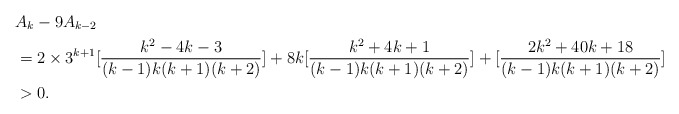
\begin{align*}&A_{k}-9A_{k-2}\\&=2\times3^{k+1}[\frac{k^{2}-4k-3}{(k-1)k(k+1)(k+2)}]+8k[\frac{k^{2}+4k+1}{(k-1)k(k+1)(k+2)}]+[\frac{2k^{2}+40k+18}{(k-1)k(k+1)(k+2)}]\\&>0.\end{align*}